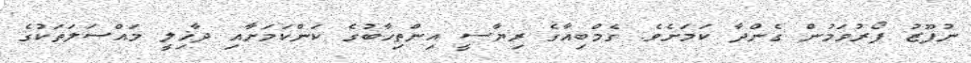
ނުފޫޒު ފޯރުވަމުން ގެންދާ ކަމަށެވެ. ގެމްބިއާގެ ރިޔާސީ އިންތިޚާބުގެ ކަންކަމަށާއި ދާޚިލީ މައްސަލަތަކުގެ